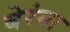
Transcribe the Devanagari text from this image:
बेरंगा